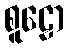
စူဠော